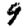
Digit: 9